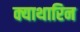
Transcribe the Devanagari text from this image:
क्याथारिन